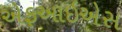
એફઆઇએસ